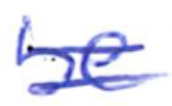
Text: be
Cross-out: double-line
Writing tool: ballpoint